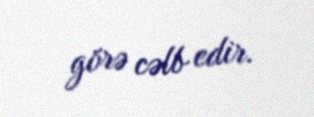
görə cəlb edir.